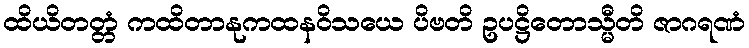
ထိယိတတ္တံ ကထိတာနုကထနဝိသယေ ပိဗတိ ဥပဋ္ဌိတောသ္မီတိ ဇာဂရဏံ